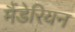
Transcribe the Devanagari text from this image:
मैंडेरियन